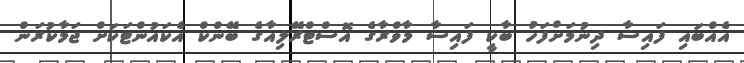
އެއްބައި ފައިސާ ދިނުމަށްފަހު ބާކީ ފައިސާ މާވްރާގެ އޮސްޓްރޭލިއާގެ ބޭންކް އެކައުންޓަކަށް ޖަމާކުރަން